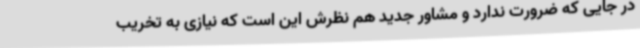
در جایی که ضرورت ندارد و مشاور جدید هم نظرش این است که نیازی به تخریب